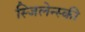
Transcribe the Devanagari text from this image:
स्जिलेन्स्की